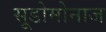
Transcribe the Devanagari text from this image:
सूडोमोनाज